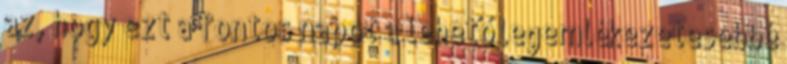
az, hogy ezt a fontos napot a lehető legemlékezetesebbé